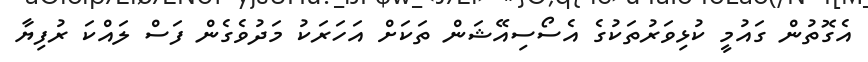
އެގޮތުން ގައުމީ ކުޅިވަރުތަކުގެ އެސޯސިއޭޝަން ތަކަށް އަހަރަކު މަދުވެގެން ފަސް ލައްކަ ރުފިޔާ